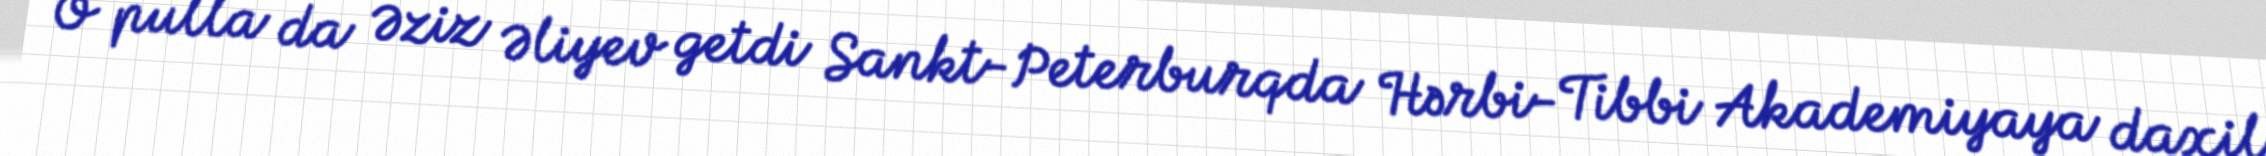
O pulla da Əziz Əliyev getdi Sankt-Peterburqda Hərbi-Tibbi Akademiyaya daxil